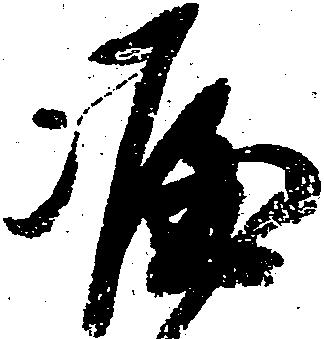
涯